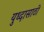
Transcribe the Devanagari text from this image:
युध्दासाठी